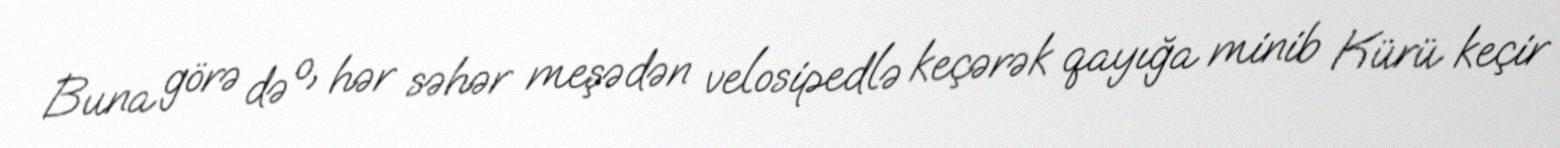
Buna görə də o, hər səhər meşədən velosipedlə keçərək qayığa minib Kürü keçir